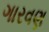
ગારવણ